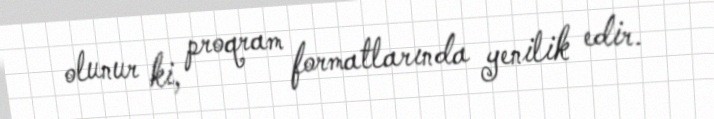
olunur ki, proqram formatlarında yenilik edir.